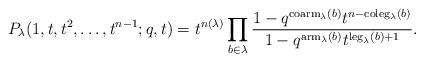
LaTeX: \begin{align*}P_{\lambda}(1,t,t^2, \ldots, t^{n-1};q,t)&= t^{n(\lambda)} \prod_{b\in \lambda} \frac{1-q^{\mathrm{coarm}_\lambda(b)}t^{n-\mathrm{coleg}_\lambda(b)}}{1-q^{\mathrm{arm}_\lambda(b)}t^{\mathrm{leg}_\lambda(b)+1}} . \end{align*}